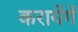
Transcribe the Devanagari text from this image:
करायेंगें